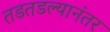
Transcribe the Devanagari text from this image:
तडतडल्यानंतर